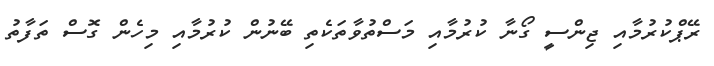
ރޭޕްކުރުމާއި ޖިންސީ ގޯނާ ކުރުމާއި މަސްތުވާތަކެތި ބޭނުން ކުރުމާއި މިހެން ގޮސް ތަފާތު